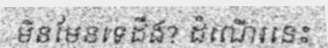
មិនមែនទេដឹង? ដំណើរនេះ